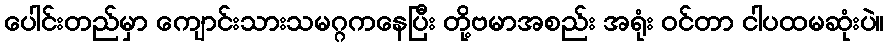
ပေါင်းတည်မှာ ကျောင်းသားသမဂ္ဂကနေပြီး တို့ဗမာအစည်း အရုံး ဝင်တာ ငါပထမဆုံးပဲ။